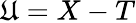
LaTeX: \mathfrak{U}=X-T